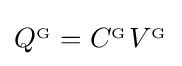
Q^{_{\mathrm {G} }}=C^{_{\mathrm {G} }}V^{_{\mathrm {G} }}